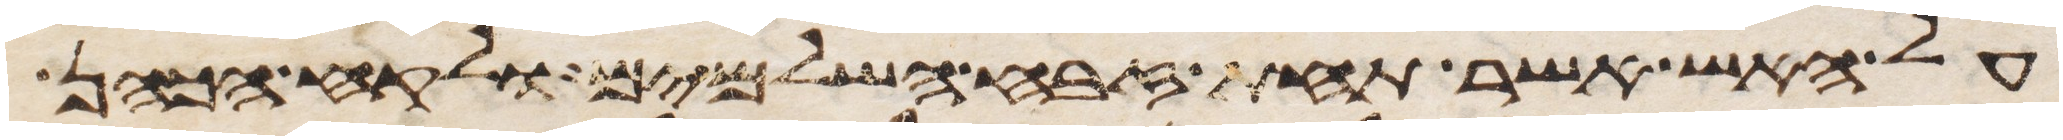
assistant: על האש אשר תחת זבח השלמים ולקח הכהן